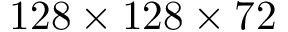
1 2 8 \times 1 2 8 \times 7 2